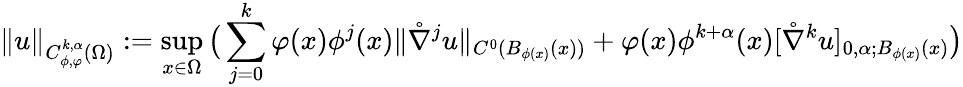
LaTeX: \| u\| _{C_{\phi,\varphi}^{k,\alpha}(\Omega)}:=\operatorname*{sup}_{x\in\Omega}\big(\sum_{j=0}^{k}\varphi(x)\phi^{j}(x)\| \mathring\nabla^{j}u\| _{C^{0}(B_{\phi(x)}(x))}+\varphi(x)\phi^{k+\alpha}(x)[\mathring\nabla^{k}u]_{0,\alpha;B_{\phi(x)}(x)}\big)